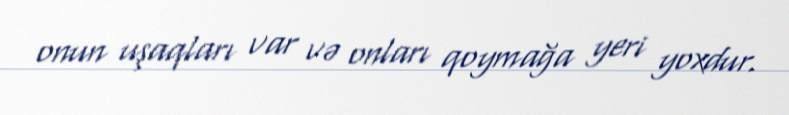
onun uşaqları var və onları qoymağa yeri yoxdur.